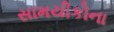
સામયીકોના